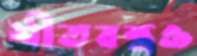
শীতবস্ত্রও